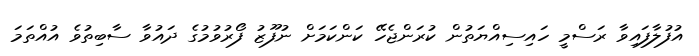
އުފުލާފައިވާ ރަސްމީ ހައިސިއްޔަތުން ކުރަންޖެހޭ ކަންކަމަށް ނުފޫޒު ފޯރުވުމުގެ ދައުވާ ސާބިތުވެ އުއްތަމަ